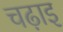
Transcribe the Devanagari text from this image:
चढ़ाइ